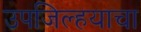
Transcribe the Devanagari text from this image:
उपजिल्हयाचा